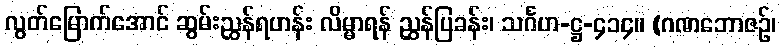
လွတ်မြောက်အောင် ဆွမ်းညွှန်ရဟန်း လိမ္မာရန် ညွှန်ပြခန်း၊ သင်္ဂဟ-ဋ္ဌ-၄၁၄။ (ဂဏဘောဇဉ်၊